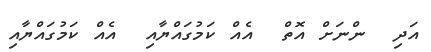
އަދި  ންނަށް އޮތް  އެއް ކަމުގައްޔާއި  އެއް ކަމުގައްޔާއި